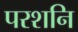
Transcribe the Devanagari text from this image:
परशनि